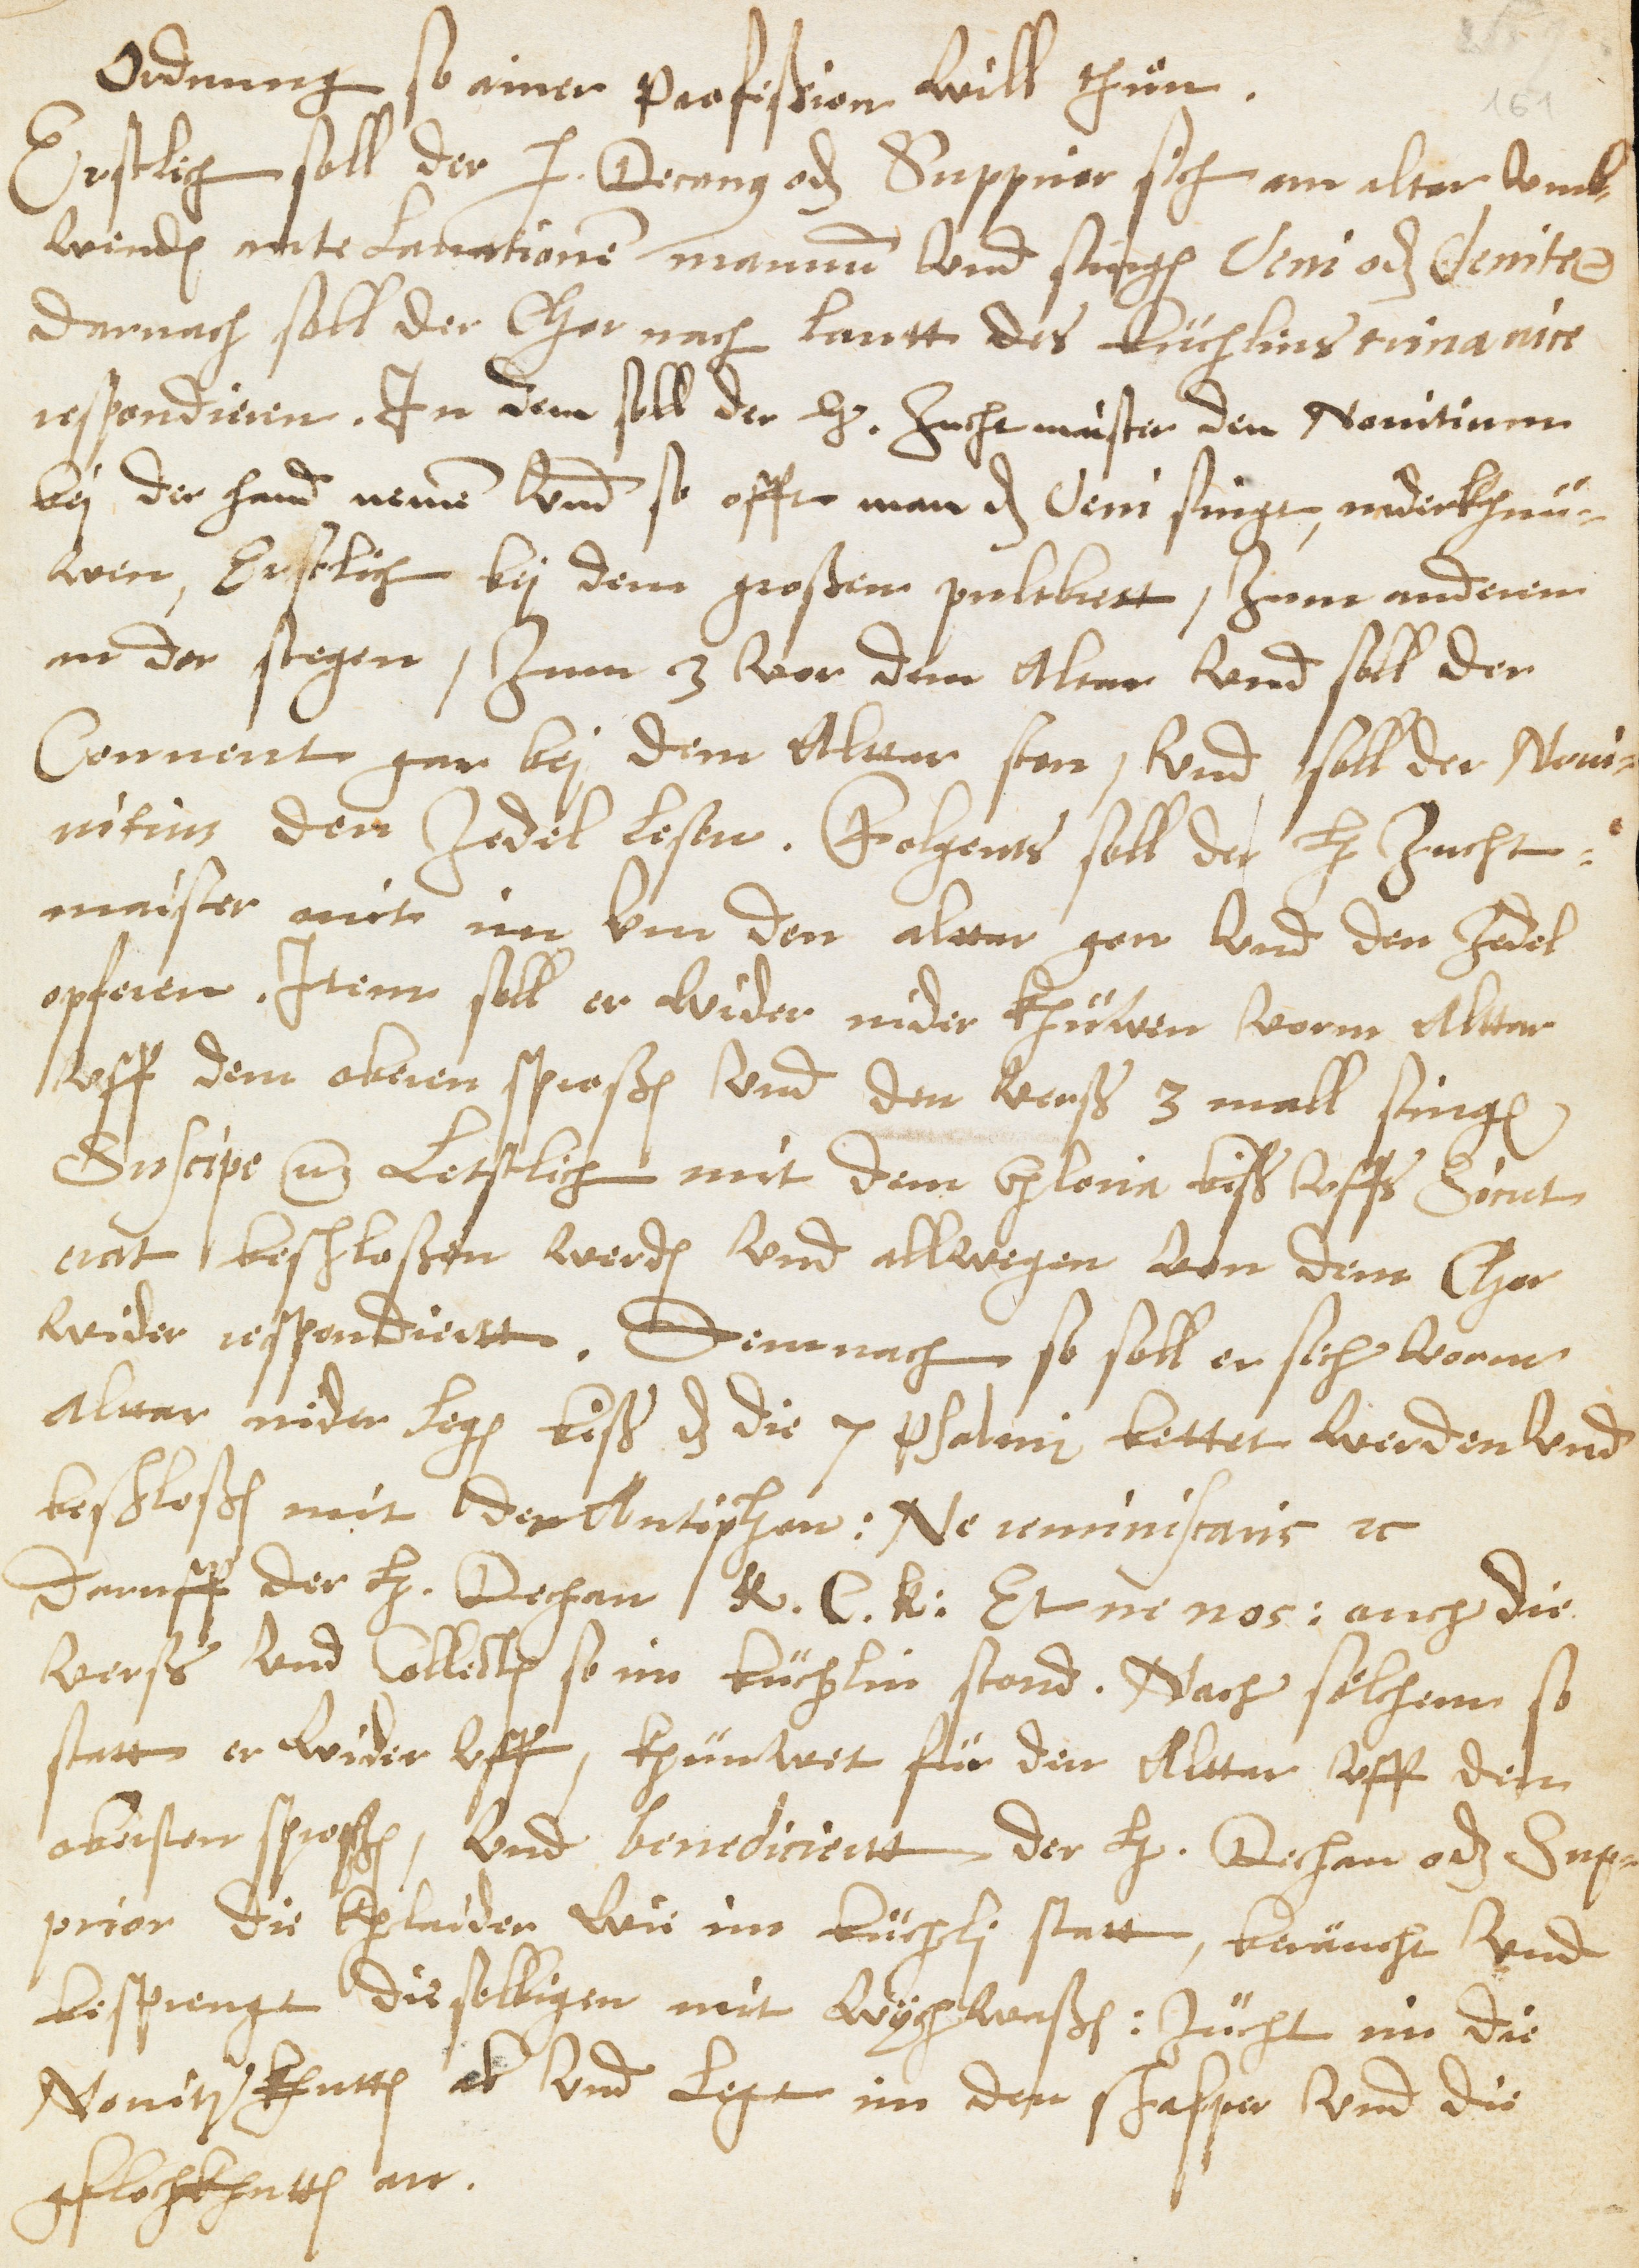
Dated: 1583–1583